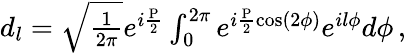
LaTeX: \begin{array}{r}{d_{l}=\sqrt{\frac{1}{2\pi}}e^{i\frac{\mathrm{P}}{2}}\int_{0}^{2\pi}e^{i\frac{\mathrm{P}}{2}\cos(2\phi)}e^{il\phi}d\phi\, ,}\end{array}